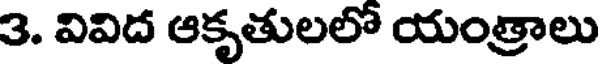
3. వివిద ఆకృతులలో యంత్రాలు